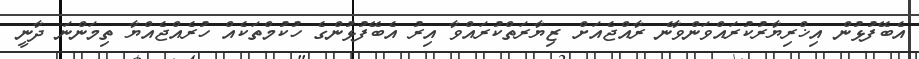
އެބޭފުޅުން އިޚްރިޔާރުކުރައްވަންވާނެ ރާއްޖެއަށް ޒިޔާރަތްކުރައްވާ އިރު އެބޭފުޅުންގެ ހުކުމްތަކެއް ހުރެއްޖެއްޔާ ތިމަންނަ ދާނީ